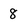
Character: 8